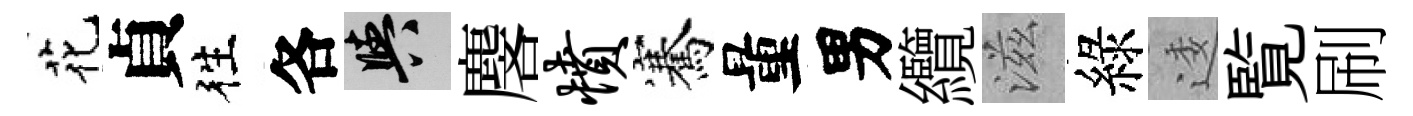
花貞徃各阳麐愤騫量男纜滋綠逶覧刷